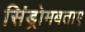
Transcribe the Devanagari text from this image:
सिंड्रोमबताए